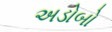
અડોબો